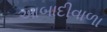
આબાદીવાળા